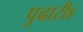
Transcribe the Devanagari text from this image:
पुढारी४